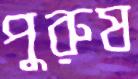
পুরুষ